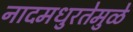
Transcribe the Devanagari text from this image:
नादमधुरतेमुळे